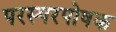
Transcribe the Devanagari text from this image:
परस्परपोषक